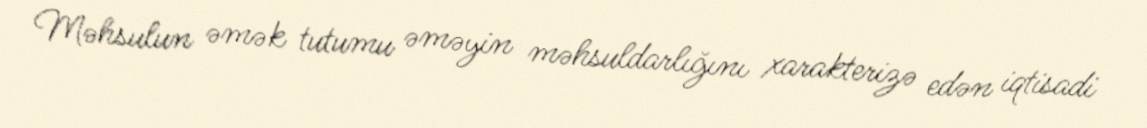
Məhsulun əmək tutumu əməyin məhsuldarlığını xarakterizə edən iqtisadi